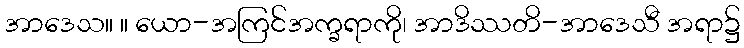
အာဒေသ။ ။ ယော-အကြင်အက္ခရာကို၊ အာဒိဿတိ-အာဒေသီ အရာ၌